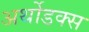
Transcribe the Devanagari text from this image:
अर्थोडक्स